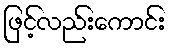
ဖြင့်လည်းကောင်း